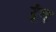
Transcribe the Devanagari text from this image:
ऱंग